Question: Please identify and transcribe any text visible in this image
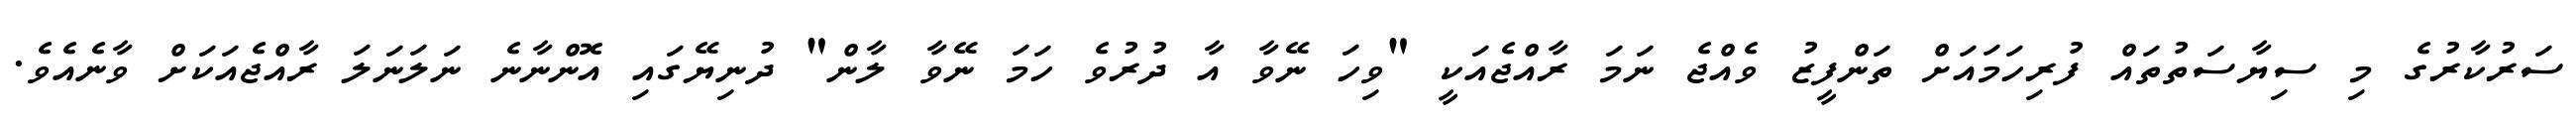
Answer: ސަރުކާރުގެ މި ސިޔާސަތުތައް ފުރިހަމައަށް ތަންފީޒު ވެއްޖެ ނަމަ ރާއްޖެއަކީ "ވިހަ ނޭވާ އާ ދުރުވެ ހަމަ ނޭވާ ލާން" ދުނިޔޭގައި އޮންނާނެ ނަލަނަލަ ރާއްޖެއަކަށް ވާނެއެވެ.